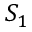
S _ { 1 }